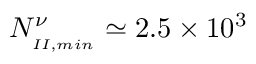
N _ { _ { I I , m i n } } ^ { \nu } \simeq 2 . 5 \times 1 0 ^ { 3 }